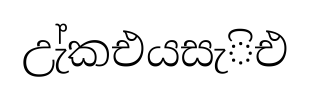
උැ්කඑයසැිඑ